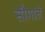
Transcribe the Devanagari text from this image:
सौगातें